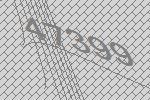
47399